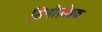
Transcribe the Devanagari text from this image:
सिनोज़ोइक